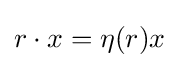
r\cdot x=\eta (r)x